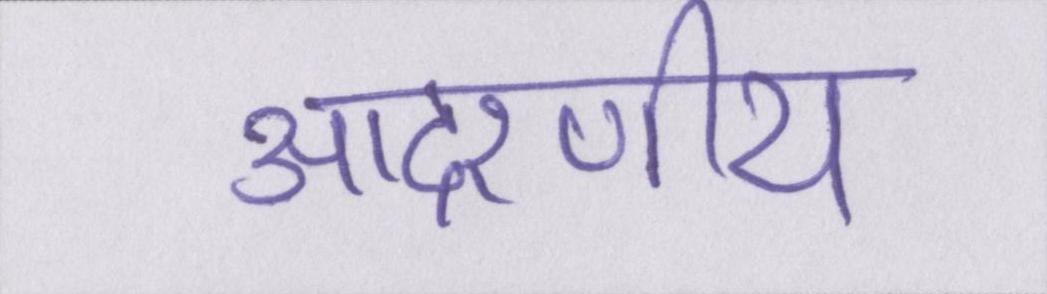
आदरणीय